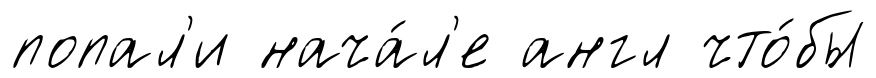
попал'и нача́л'е англ что́бы